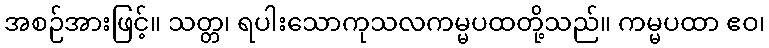
အစဉ်အားဖြင့်။ သတ္တ၊ ရပါးသောကုသလကမ္မပထတို့သည်။ ကမ္မပထာ ဧဝ၊